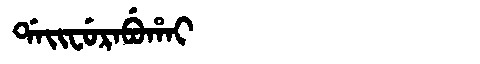
Manchu: ᡩᠠᡳᠸᡠᡵᠠᠪᡠᡥᠠᡳ
Romanization: DAIFURABUHAI